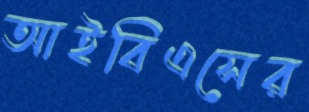
আইবিএসের